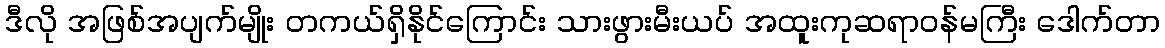
ဒီလို အဖြစ်အပျက်မျိုး တကယ်ရှိနိုင်ကြောင်း သားဖွားမီးယပ် အထူးကုဆရာဝန်မကြီး ဒေါက်တာ